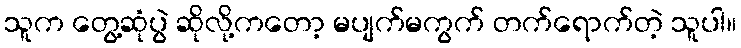
သူက တွေ့ဆုံပွဲ ဆိုလို့ကတော့ မပျက်မကွက် တက်ရောက်တဲ့ သူပါ။